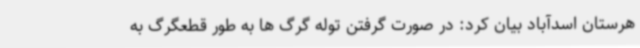
هرستان اسدآباد بیان کرد: در صورت گرفتن توله گرگ ها به طور قطعگرگ به